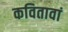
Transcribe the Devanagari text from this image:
कवितावां